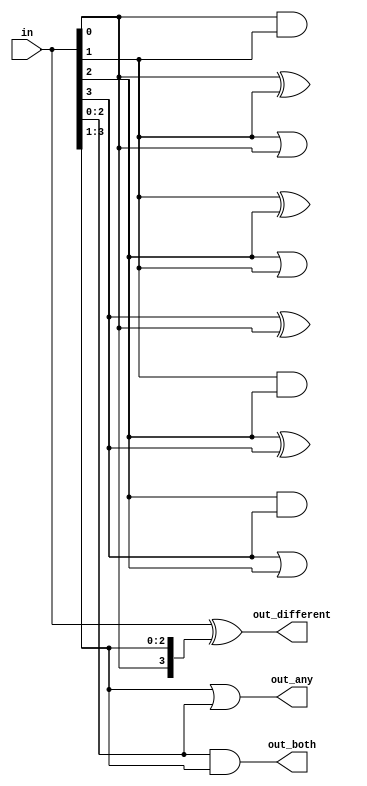
// You are given a four-bit input vector in[3:0]. We want to know some relationships between each bit and its neighbour:
// out_both: Each bit of this output vector should indicate whether both the corresponding input bit and its neighbour to the left (higher index) are '1'. For example, out_both[2] should indicate if in[2] and in[3] are both 1. Since in[3] has no neighbour to the left, the answer is obvious so we don't need to know out_both[3].
// out_any: Each bit of this output vector should indicate whether any of the corresponding input bit and its neighbour to the right are '1'. For example, out_any[2] should indicate if either in[2] or in[1] are 1. Since in[0] has no neighbour to the right, the answer is obvious so we don't need to know out_any[0].
// out_different: Each bit of this output vector should indicate whether the corresponding input bit is different from its neighbour to the left. For example, out_different[2] should indicate if in[2] is different from in[3]. For this part, treat the vector as wrapping around, so in[3]'s neighbour to the left is in[0].


module top_module( 
    input [3:0] in,
    output [2:0] out_both,
    output [3:1] out_any,
    output [3:0] out_different );

    // SOLUTION 1: Niave solution

    assign out_both[0] = in[0] & in[1];
    assign out_both[1] = in[1] & in[2];
    assign out_both[2] = in[2] & in[3];

    assign out_any[1] = in[1] | in[0];
    assign out_any[2] = in[2] | in[1];
    assign out_any[3] = in[3] | in[2];
    
    
    assign out_different[0] = in[0] ^ in[1];
    assign out_different[1] = in[1] ^ in[2];
    assign out_different[2] = in[2] ^ in[3];
    assign out_different[3] = in[3] ^ in[0];
    

    // SOLUTION 2: Using vectors
	// Use bitwise operators and part-select to do the entire calculation in one line of code
	// in[3:1] is this vector:   					 in[3]  in[2]  in[1]
	// in[2:0] is this vector:   					 in[2]  in[1]  in[0]
	// Bitwise-OR produces a 3 bit vector.			   |      |      |
	// Assign this 3-bit result to out_any[3:1]:	o_a[3] o_a[2] o_a[1]

	// Thus, each output bit is the OR of the input bit and its neighbour to the right:
	// e.g., out_any[1] = in[1] | in[0];	
	// Notice how this works even for long vectors.
	assign out_any = in[3:1] | in[2:0];

	assign out_both = in[2:0] & in[3:1];
	
	// XOR 'in' with a vector that is 'in' rotated to the right by 1 position: {in[0], in[3:1]}
	// The rotation is accomplished by using part selects[] and the concatenation operator{}.
	assign out_different = in ^ {in[0], in[3:1]};


endmodule